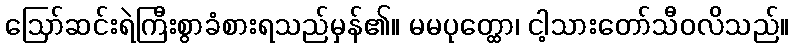
ဩော်ဆင်းရဲကြီးစွာခံစားရသည်မှန်၏။ မမပုတ္ထော၊ ငါ့သားတော်သီဝလိသည်။